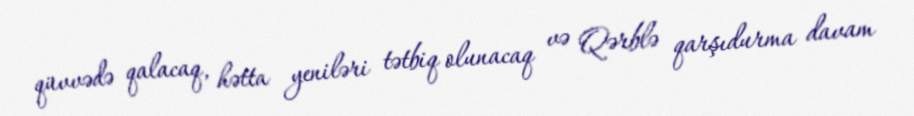
qüvvədə qalacaq, hətta yeniləri tətbiq olunacaq və Qərblə qarşıdurma davam